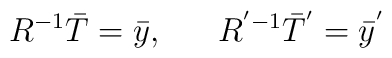
R^{-1} \bar{T} = \bar{y},~~~~~R^{'-1} \bar{T}^{'} = \bar{y}^{'}